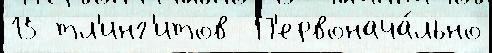
15 тл'инг'итов  П'ервонача́льно